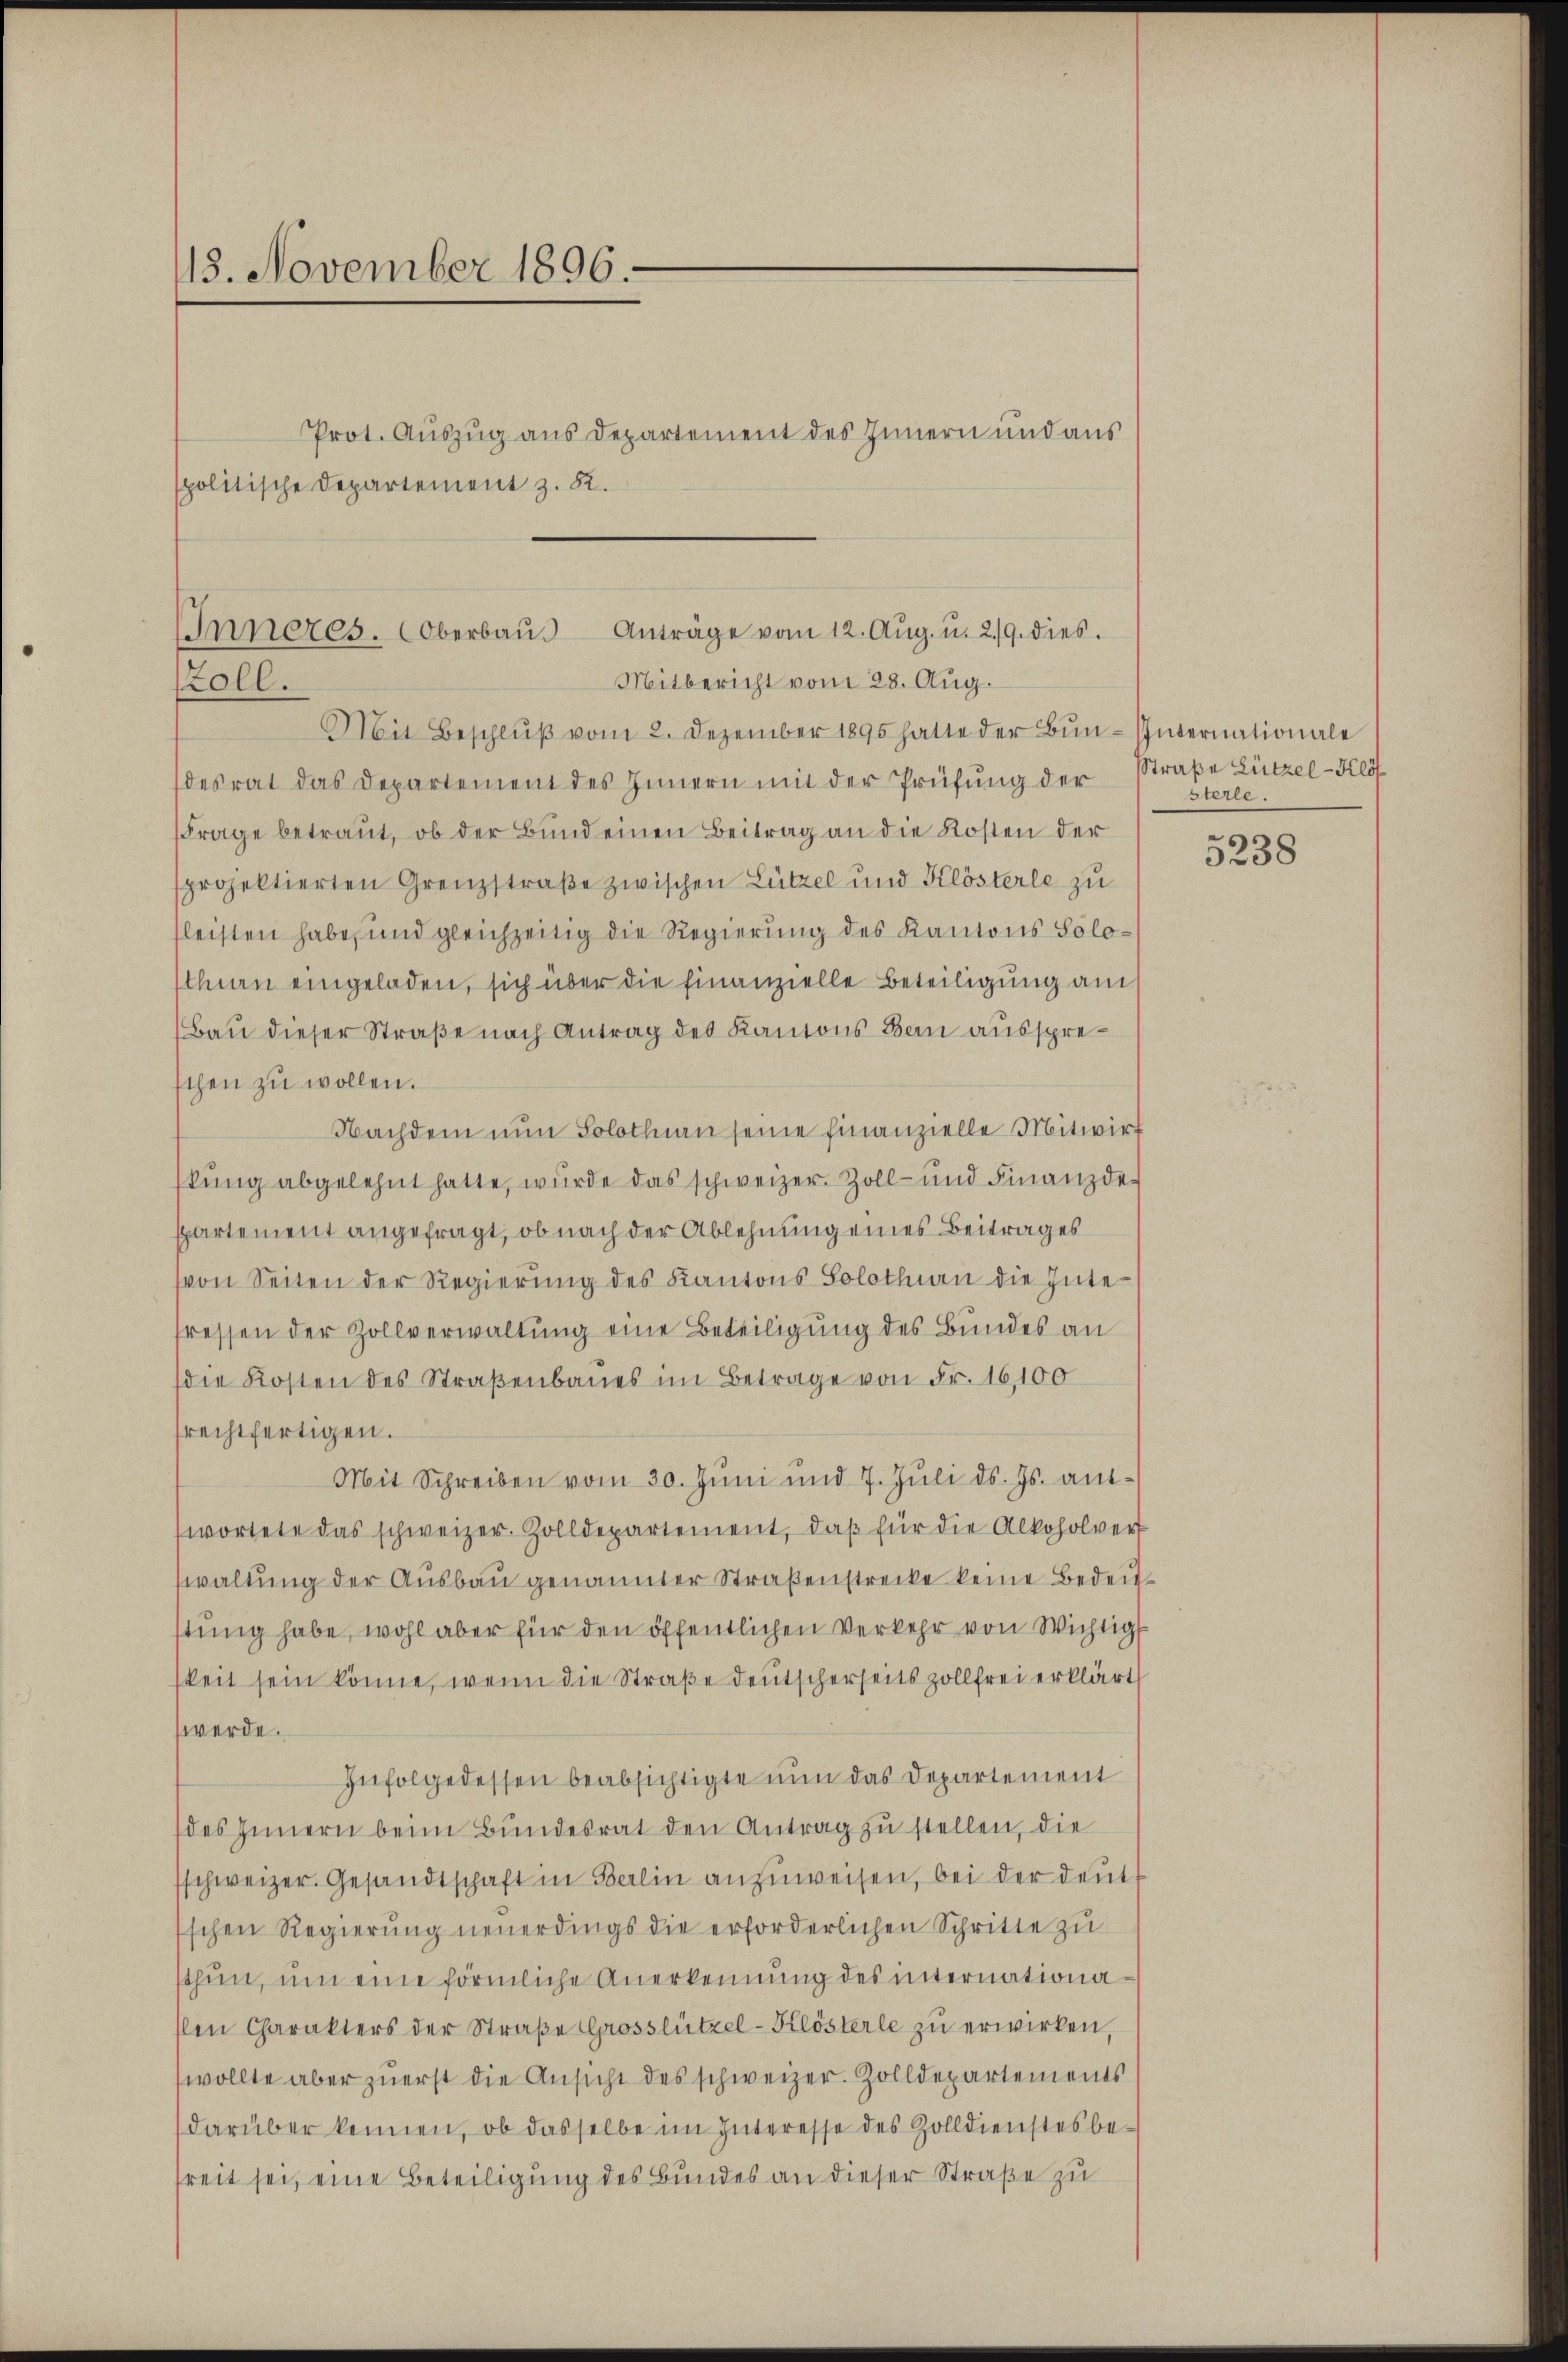
15. November 1896.
Prot. Auszug aus Departement des Innern und aus
spolitische Departement z. R.

Inneres. (Oberbaŭs Anträge vom 12. Aŭg. u. 219. dies
Mitbericht vom 28. Aug.
Zoll.
Mit Beschlŭβ vom 2. Dezember 1895 hatte der Bŭn-Pubernationale

desrat das Departement des Innern mit der Prüfung der
Frage betraut, ob der Bund einen Beitrag an die Kosten der
projektierten Grenzstraße zwischen Lützel und Klösterle zu
fleisten habe, und gleichzeitig die Regierung des Kantons Soloschnen eingeladen, sich über die finanzielle Beteiligung am
(Bau dieser Straße nach Antrag des Kantons Bern ausspreschen zu wollen.
Nachdem nun Solothurn seine finanzielle Mitwirk
skŭng abgelehnt hatte, würde das schweizer. Zoll- und Finanzde
spartement angefragt, ob nach der Ablehnung eines Beitrages
von Seiten der Regierŭng des Kantons Solothurn die Inte-
fressen der Zollverwaltung eine Beteiligung des Bundes an
die Kosten des Straßenbaues im Betrage von Fr. 16,100
srechtfertigen.
Mit Schreiben vom 30. Jŭni und 7. Jŭli d. Js. an-
wortete das schweizer. Zolldepartement, daβ für die Alkoholver
waltŭng der Aŭsbaŭ genannter Straßenstrecke keine Bedeut
tung habe, wohl aber für den öffentlichen Verkehr von Wichtig
skeit sein könne, wenn die Straße deutscherseits zollfrei erklärt
werde.
Infolge dessen beabsichtigte nun das Departement
des Innern beim Bundesrat den Antrag zu stellen, die
sschweizer. Gesandtschaft in Berlin anzuweisen, bei der deut
schen Regierung neuerdings die erforderlichen Schritte zu
sthun, um eine förmliche Anerkennung des internationallen Charakters der Straße Grosslützel-Klösterle zu erwirken,
wollte aber zuerst die Ansicht des schweizer. Zolldepartements
darüber kennen, ob dasselbe im Interesse des Zolldienstes befreit sei eine Beteiligung des Bundes an dieser Straße zu

Straße Lützel - Klös
sterle.

5238